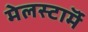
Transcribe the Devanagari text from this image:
मेलस्टाॅर्म